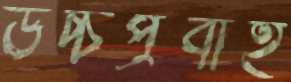
উচ্চপ্রবাহ